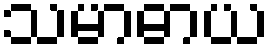
သမာဓာယ